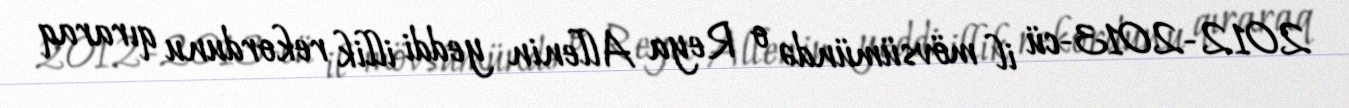
2012-2013-cü il mövsümündə o Reya Allenin yeddi illik rekordunu qıraraq